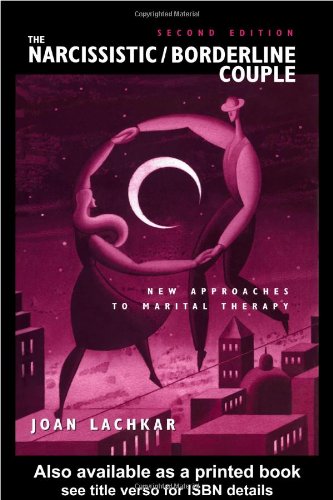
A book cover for The Narcissistic / Borderline Couple: New Approaches to Marital Therapy; Joan Lachkar; Health, Fitness & Dieting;